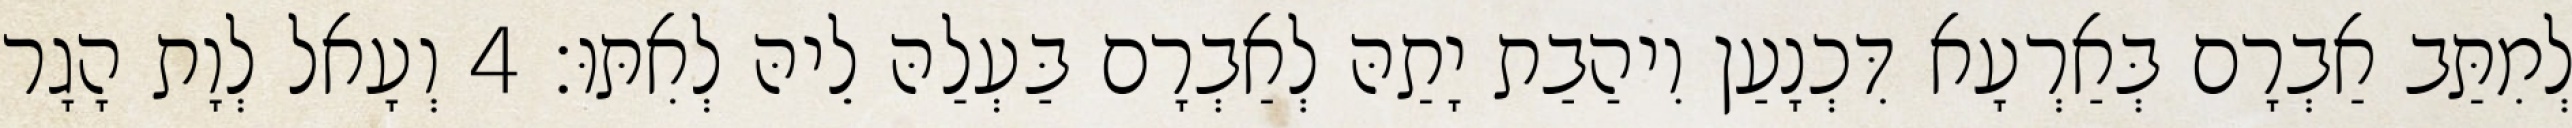
לְמִתַּב אַבְרָם בְּאַרְעָא דִּכְנָעַן וִיהַבַת יָתַהּ לְאַבְרָם בַּעְלַהּ לֵיהּ לְאִתּוּ׃ 4 וְעָאל לְוָת הָגָר